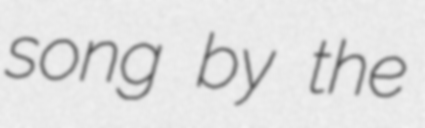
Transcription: song by the